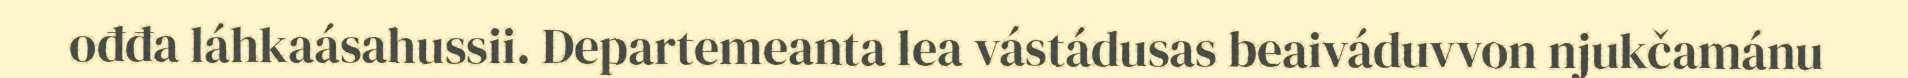
ođđa láhkaásahussii. Departemeanta lea vástádusas beaiváduvvon njukčamánu